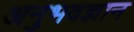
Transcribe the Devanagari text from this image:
अनुभवज्ञान